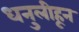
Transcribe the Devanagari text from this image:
धनुलीहून